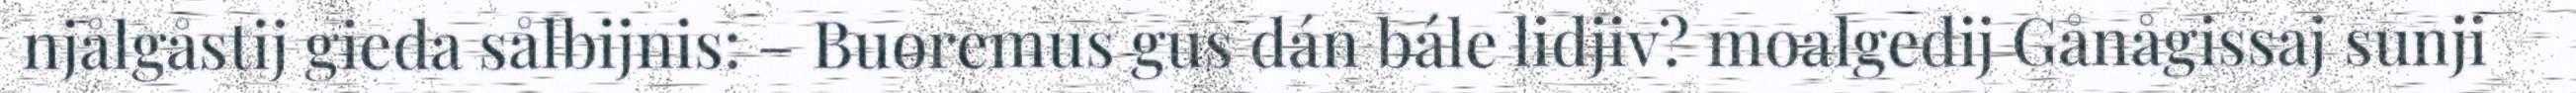
njålgåstij gieda sålbijnis: – Buoremus gus dán bále lidjiv? moalgedij Gånågissaj sunji